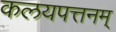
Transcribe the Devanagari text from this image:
कलयपत्तनम्